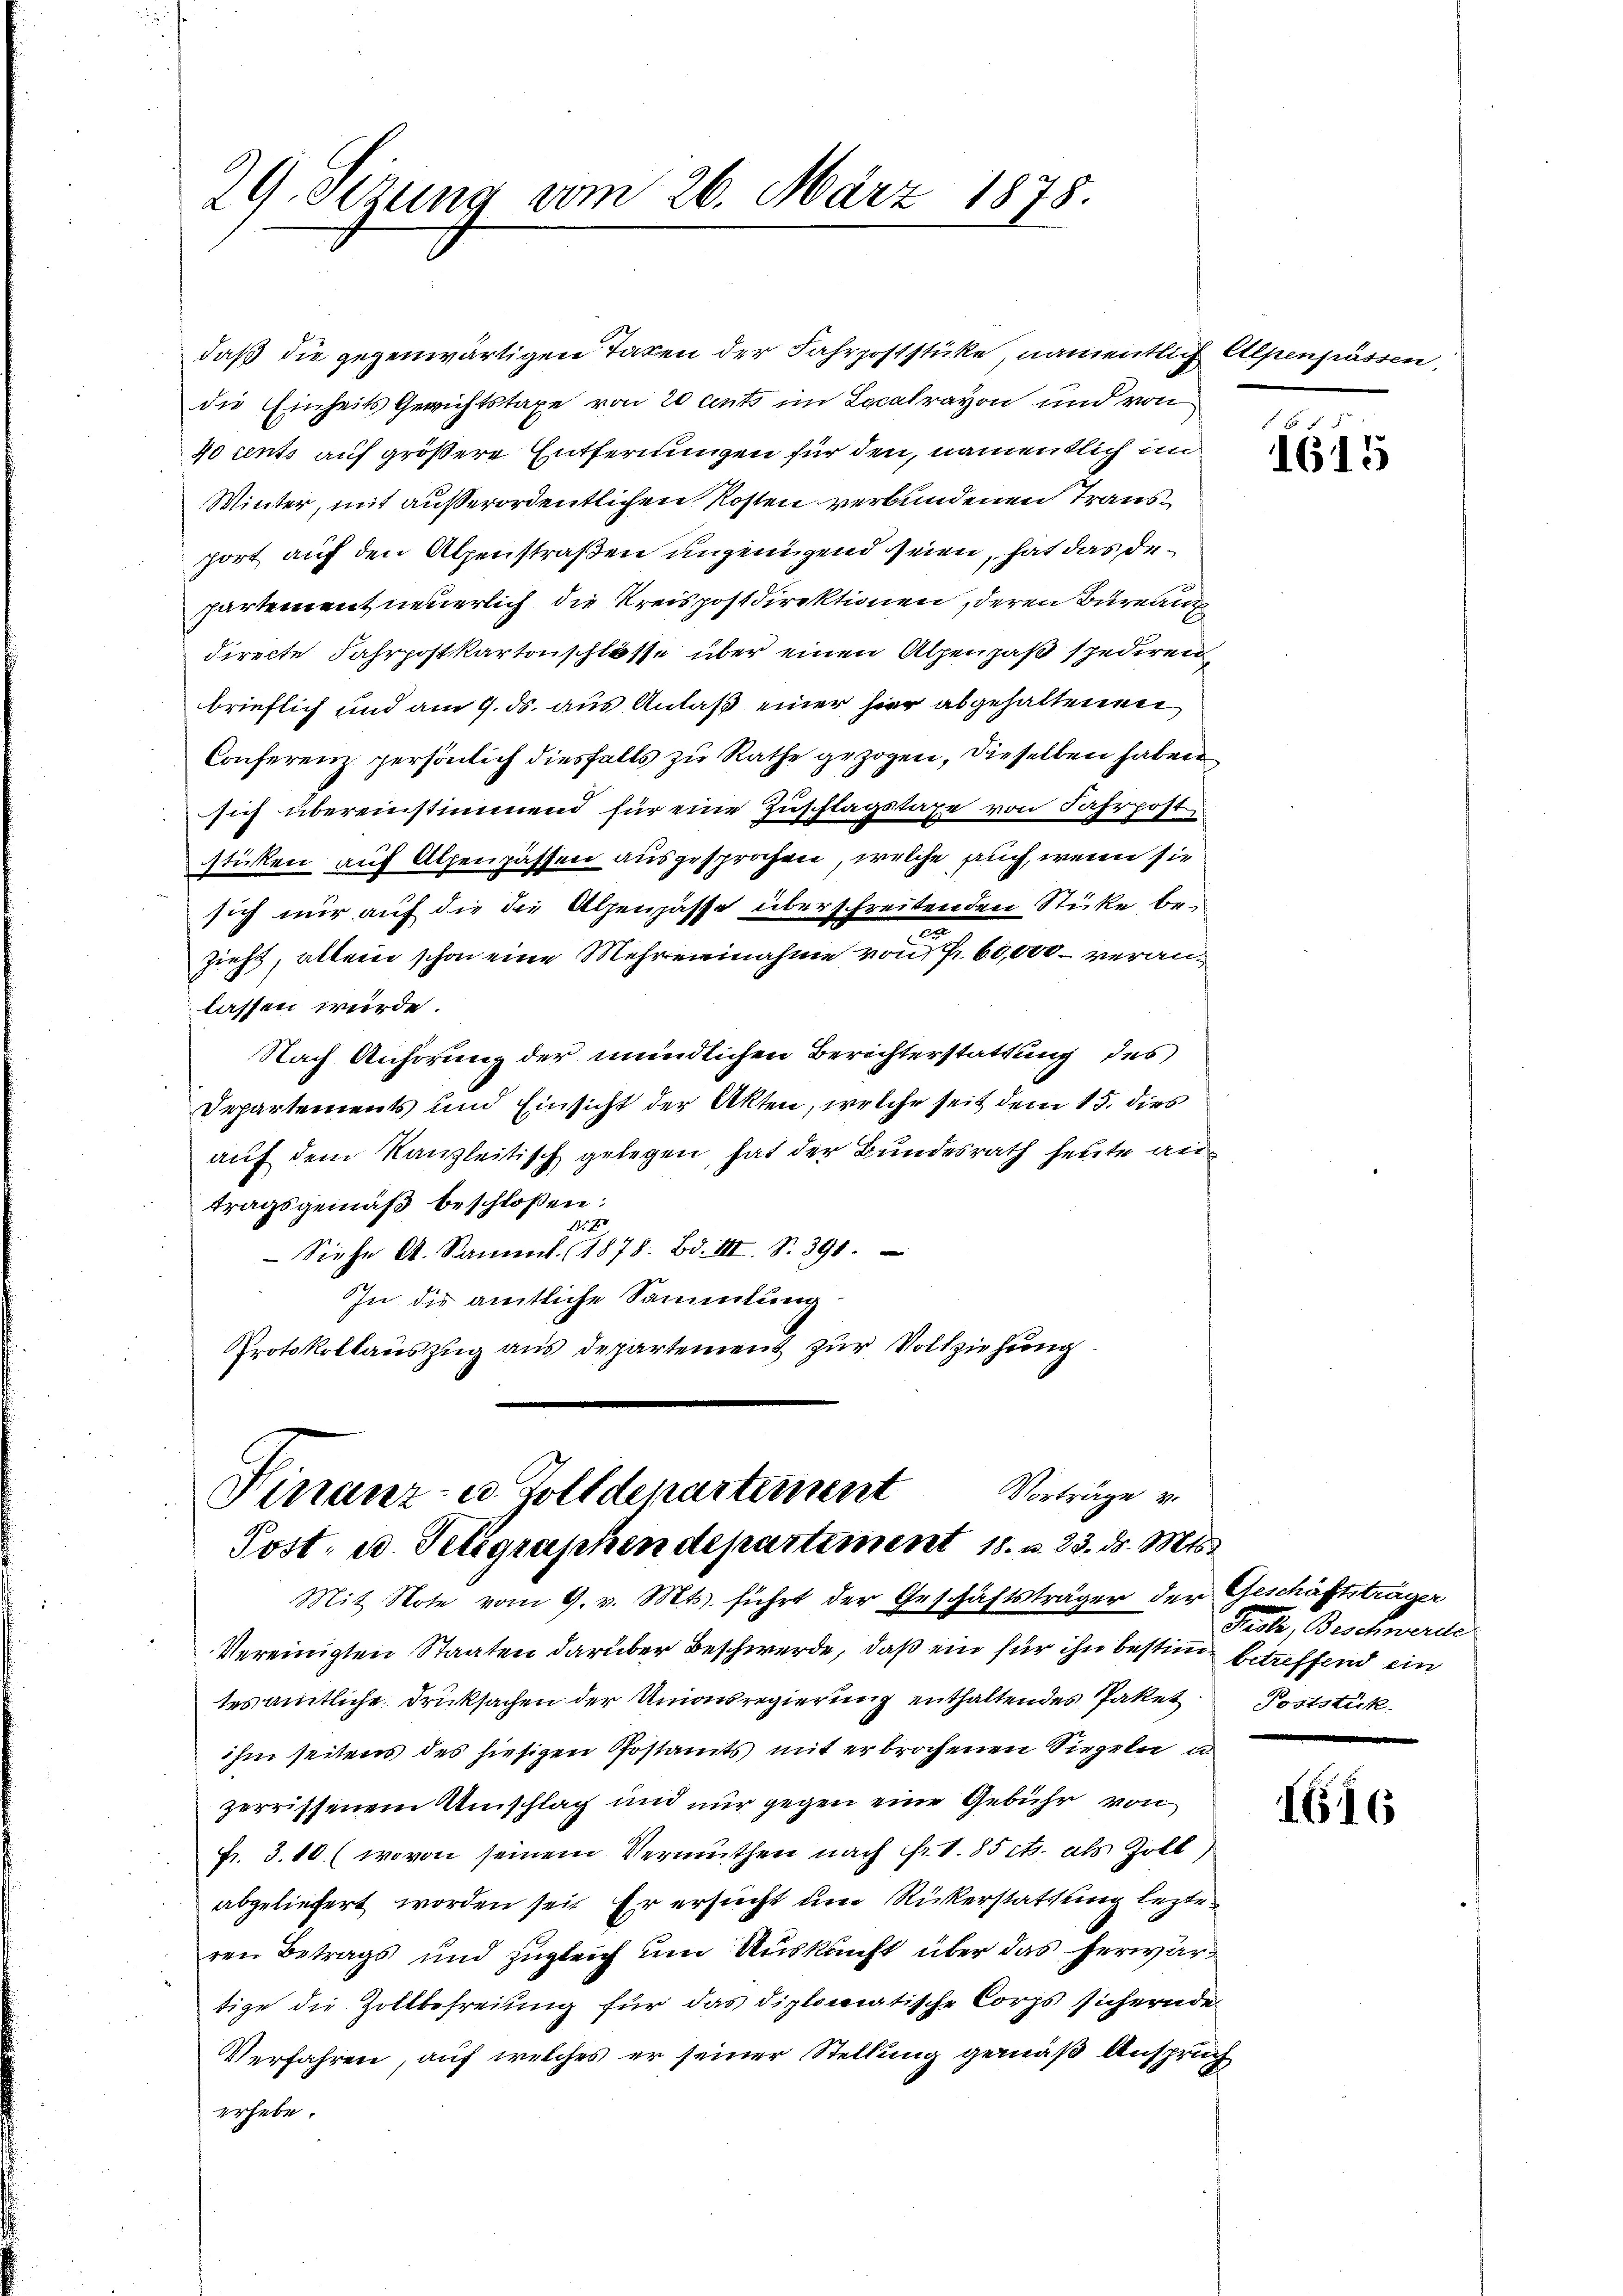
29. Sezung vom 26. März 1878.

daß die gegenwärtigen Taxen der Fahrpoststücke, namentlich Alpenpässen,
die Einheits Gerichtstaxe von 20 cents im Localrayon und von
70 cents auf größere Entfernungen für den, namentlich an
Winter, mit außerordentlichen Kosten verbundenen Transport auf den Alpenstraßen ungenügend seien, hat das departement neuerlich die Kreispostdirektionen, deren Bureau
directe Fahrpostkartonschlosse über einen Alpenpaß spediren,
brieflich und am 9. ds. aus Anlaß einer hier abgehaltenen
Conferenz persönlich diesfalls zu Rathe gezogen, dieselben haben
sich übereinstimmend für eine Zuschlagstage von Fahrpost
sticken auf Alpenpassen ausgesprochen, welche auch, wenn sie
sich nur auf die die Alpenpässe überschreitenden Stücke bea
zieht, allein schon eine Mehrernahme von Fr. 60,000 – veranlassen würde.
Nach Anhörung der mündlichen Berichterstattung des
Departements und Einsicht der Akten, welche seit dem 15. dies
auf dem Kanzleitisch gelegen, hat der Bundesrath heute antragsgemäß beschloßen:
75. 750
Siehe A. Sament. 1878. Bd. III. S. 391.
In die amtliche Sammlung
Protokollauszug aus Departement zur Vollziehung
Vorträge v.
Vinanz- u. Zolldepartement
Post, u. Telegraphen departiment 18. v. 23. ds. Mts.
Mit Note vom 9. v. Mts. führt der Geschäftsträger der Geschäftsträger
Vereinigten Staaten darüber Beschwerde, daß ein für ihn bestimmt betreffend ein
tes amtliche Drucksachen der Unionsregierung enthaltendes Paket Poststück
ihm seitens des hiesigen Postamts mit erbrochenen Siegeln u
zerrissenem Umschlag und nur gegen eine Gebühr von
Fr. 3. 10. (wovon seinem Vermuthen nach Fr. 1. 85 cts. als Zoll
abgeliefert worden seit Er ersucht um Rückerstattung lezteren Betrags und zugleich um Auskunft über das herwärtige die Zollbefreiung für das diplomatische Corps sichernde
Verfahren, auf welches er seiner Stellung gemäß Anspruch
erhebe.

5 x 5
1615

Frecke, Beschmerie

1616